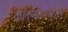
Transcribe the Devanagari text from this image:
कल्ल्यांमधील